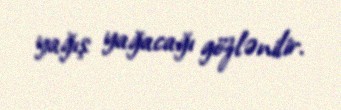
yağış yağacağı gözlənilir.